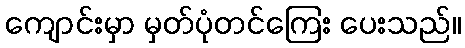
ကျောင်းမှာ မှတ်ပုံတင်ကြေး ပေးသည်။